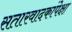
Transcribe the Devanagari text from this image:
सतारवादकांपेक्षा